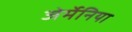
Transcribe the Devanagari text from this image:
जेर्मेनिया